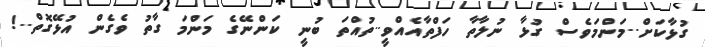
ގުޅާކަށް..މަންމަވެސް ގުޅާ ނުލާތާ ހަފްތާއެއްވީ..ތުއްތަ ބުނީ ކަންނޭގެ މަންމަ ގާތު ވެގެން އުޅޭގޮތް..!